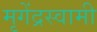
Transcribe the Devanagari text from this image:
मृगेंद्रस्वामी